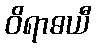
ဝိရာဓယီ